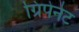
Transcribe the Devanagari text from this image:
ग्रिपेनेट